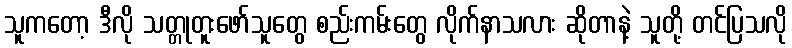
သူကတော့ ဒီလို သတ္တုတူးဖော်သူတွေ စည်းကမ်းတွေ လိုက်နာသလား ဆိုတာနဲ့ သူတို့ တင်ပြသလို